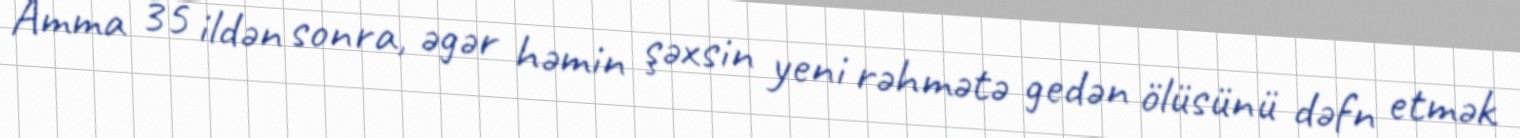
Amma 35 ildən sonra, əgər həmin şəxsin yeni rəhmətə gedən ölüsünü dəfn etmək